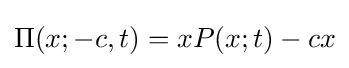
\Pi (x;-c,t)=xP(x;t)-cx